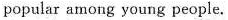
popular among young people.